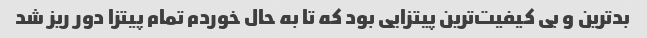
بدترین و بی کیفیت‌ترین پیتزایی بود که تا به حال خوردم تمام پیتزا دور ریز شد